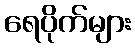
ရေပိုက်များ